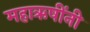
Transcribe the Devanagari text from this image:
महाऋषींनी